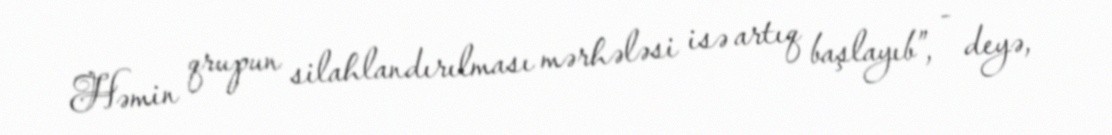
Həmin qrupun silahlandırılması mərhələsi isə artıq başlayıb”, - deyə,